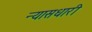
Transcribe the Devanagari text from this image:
न्यासधारी